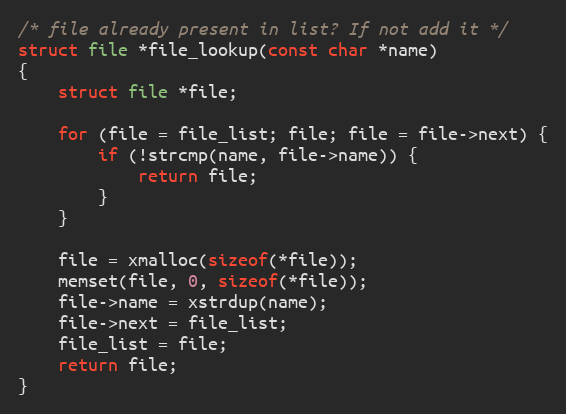
Language: C
/* file already present in list? If not add it */
struct file *file_lookup(const char *name)
{
	struct file *file;

	for (file = file_list; file; file = file->next) {
		if (!strcmp(name, file->name)) {
			return file;
		}
	}

	file = xmalloc(sizeof(*file));
	memset(file, 0, sizeof(*file));
	file->name = xstrdup(name);
	file->next = file_list;
	file_list = file;
	return file;
}